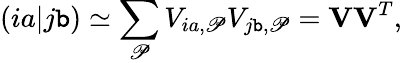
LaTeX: (ia|j\mathtt{b})\simeq\sum_{\mathscr{P}}V_{ia,\mathscr{P}}V_{j\mathtt{b},\mathscr{P}}=\mathbf{{V}}\mathbf{{V}}^{T},